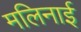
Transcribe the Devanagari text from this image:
मलिनाई